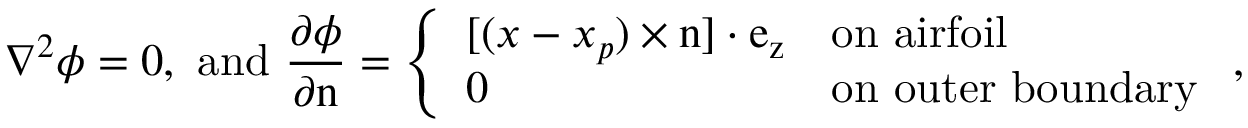
\nabla ^ { 2 } \phi = 0 , ~ \mathrm { a n d } ~ \frac { \partial \phi } { \partial \boldsymbol { \mathrm { n } } } = \left\{ \begin{array} { l l } { [ ( \boldsymbol { x } - \boldsymbol { x _ { p } } ) \times \boldsymbol { \mathrm { n } } ] \cdot \boldsymbol { \mathrm { e _ { z } } } } & { \mathrm { o n ~ a i r f o i l } } \\ { 0 } & { \mathrm { o n ~ o u t e r ~ b o u n d a r y } } \end{array} \right. ,